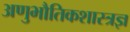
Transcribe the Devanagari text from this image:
अणुभौतिकशास्त्रज्ञ